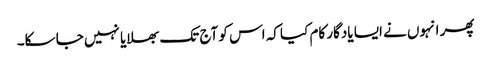
پھر انہوں نے ایسا یادگار کام کیا کہ اس کو آج تک بھلایا نہیں جا سکا۔